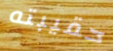
حقيبته